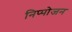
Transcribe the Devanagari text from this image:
निप्‍पोजन